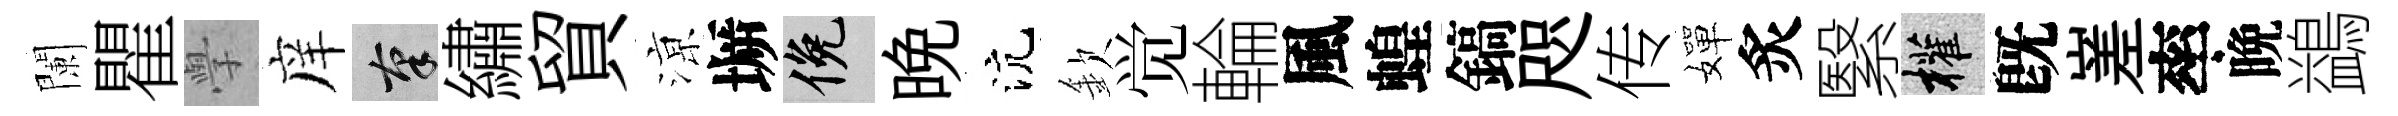
闌瞿𭓕庠筆繡貿鿌󶱲俯晩沆欽觉輪風蝗鎬咫传嬋炙繄權旣嵳率晩鷁